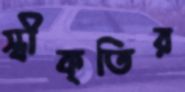
স্বীকৃতির